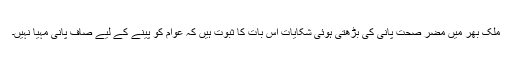
ملک بھر میں مضر صحت پانی کی بڑھتی ہوئی شکایات اس بات کا ثبوت ہیں کہ عوام کو پینے کے لیے صاف پانی مہیا نہیں۔